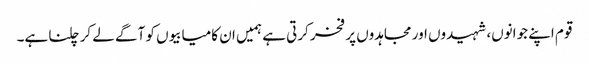
قوم اپنے جوانوں، شہیدوں اور مجاہدوں پر فخر کرتی ہے ہمیں ان کامیابیوں کو آگے لے کر چلنا ہے۔